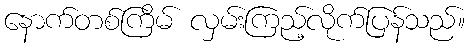
နောက်တစ်ကြိမ် လှမ်းကြည့်လိုက်ပြန်သည်။